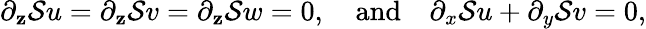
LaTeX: \partial_{\mathbf{z}}\mathcal{{S}}u=\partial_{\mathbf{z}}\mathcal{{S}}v=\partial_{\mathbf{z}}\mathcal{{S}}w=0,\quad\textrm{{and}}\quad\partial_{x}\mathcal{{S}}u+\partial_{y}\mathcal{{S}}v=0,